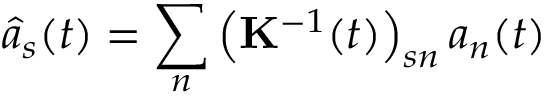
\hat { a } _ { s } ( t ) = \sum _ { n } \left( { \bf K } ^ { - 1 } ( t ) \right) _ { s n } a _ { n } ( t )